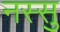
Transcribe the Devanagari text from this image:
नस्सु